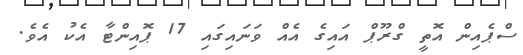
ސްޕެއިން އޮތީ ގްރޫޕް އައިގެ އެއް ވަނައިގައި 17 ޕޮއިންޓާ އެކު އެވެ.